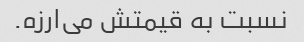
نسبت به قیمتش می‌ارزه.